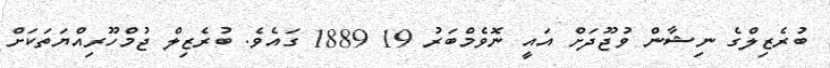
ބުރެޒިލްގެ ނިޝާން ވުޖޫދަށް އައީ ނޮވެމްބަރު 19 1889 ގައެވެ. ބުރެޒިލް ޖުމްހޫރިއްޔަތަކަށް